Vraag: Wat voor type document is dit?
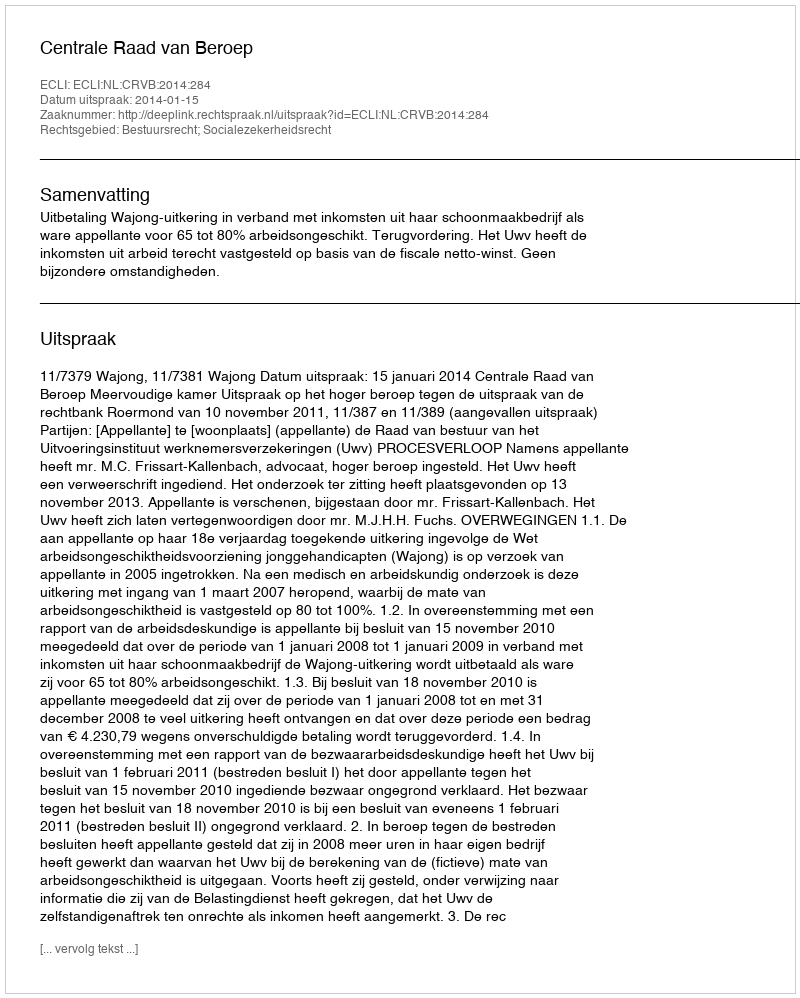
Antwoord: Uitspraak